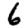
Digit: 6